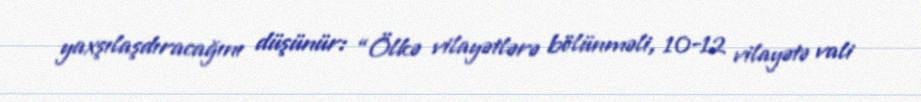
yaxşılaşdıracağını düşünür: “Ölkə vilayətlərə bölünməli, 10-12 vilayətə vali